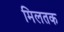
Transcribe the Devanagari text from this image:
मिलतक